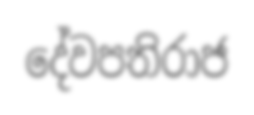
දේවපතිරාජ